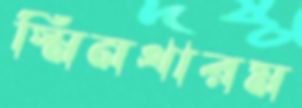
স্মিনথারম